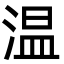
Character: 温